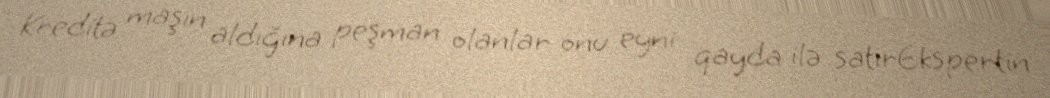
Kreditə maşın aldığına peşman olanlar onu eyni qayda ilə satırEkspertin